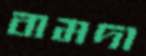
বামদা